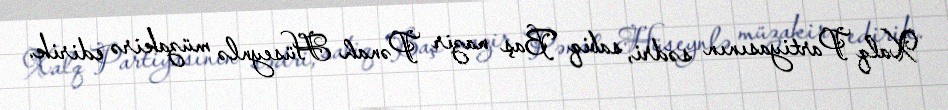
Xalq Partiyasının sədri, sabiq Baş nazir Pənah Hüseynlə müzakirə edirik.